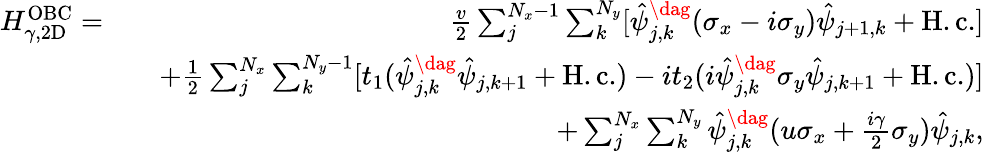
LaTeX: \begin{array}{rlr}{H_{\gamma,\mathrm{2D}}^{\mathrm{OBC}}=}&{}&{\frac{v}{2}\sum_{j}^{N_{x}-1}\sum_{k}^{N_{y}}[\hat{\psi}_{j,k}^{\dag}(\sigma_{x}-i\sigma_{y})\hat{\psi}_{j+1,k}+\mathrm{H.c.}]}\\ &{}&{+\frac{1}{2}\sum_{j}^{N_{x}}\sum_{k}^{N_{y}-1}[t_{1}(\hat{\psi}_{j,k}^{\dag}\hat{\psi}_{j,k+1}+\mathrm{H.c.})-it_{2}(i\hat{\psi}_{j,k}^{\dag}\sigma_{y}\hat{\psi}_{j,k+1}+\mathrm{H.c.})]}\\ &{}&{+\sum_{j}^{N_{x}}\sum_{k}^{N_{y}}\hat{\psi}_{j,k}^{\dag}(u\sigma_{x}+\frac{i\gamma}{2}\sigma_{y})\hat{\psi}_{j,k},}\end{array}